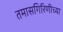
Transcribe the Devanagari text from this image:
तमासगिरिणीच्या